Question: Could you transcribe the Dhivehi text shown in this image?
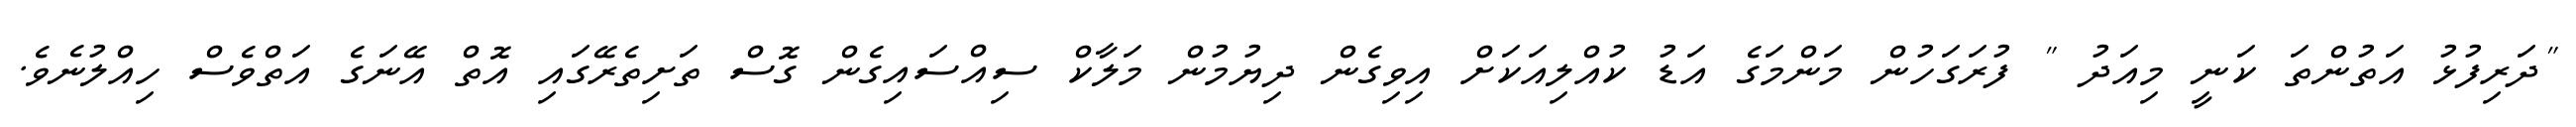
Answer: "ދަރިފުޅު އަތުންތަ ކަނީ މިއަދު " ފުރަގަހުން މަންމަގެ އަޑު ކުއްލިއަކަށް އިވިގެން ދިޔުމުން މަލާކް ސިއްސައިގެން ގޮސް ތަށިތެރޭގައި އޮތް އޭނަގެ އަތްވެސް ހިއްލުނެވެ.